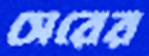
সেরের